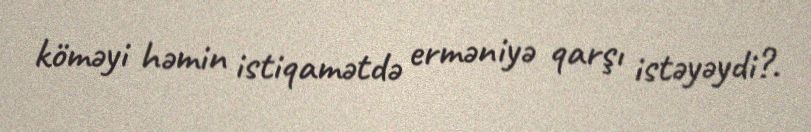
köməyi həmin istiqamətdə erməniyə qarşı istəyəydi?.